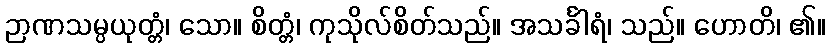
ဉာဏသမ္ပယုတ္တံ၊ သော။ စိတ္တံ၊ ကုသိုလ်စိတ်သည်။ အသင်္ခါရံ၊ သည်။ ဟောတိ၊ ၏။